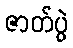
ဇာတ်ပွဲ